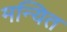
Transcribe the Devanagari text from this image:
मन्यित